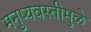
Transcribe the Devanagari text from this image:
मनुष्यवस्तीमुळे